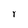
Character: Y